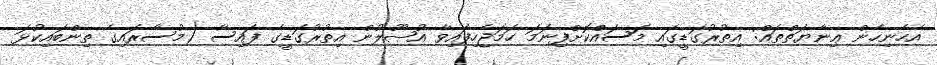
އެހެނިހެން ޢިނާޔަތްތައް: އިތުރުގަޑީގައި މަސައްކޮށްފިނަމަ ހަމަޖެހިފައިވާ އުޞޫލުން އިތުރުގަޑީގެ ފައިސާ (މުސާރައިގެ ތިންބައިކުޅަ